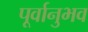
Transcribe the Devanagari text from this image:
पूर्वानुभव